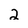
Character: 2